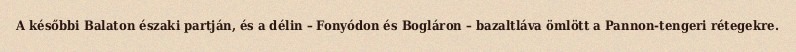
A későbbi Balaton északi partján, és a délin – Fonyódon és Bogláron – bazaltláva ömlött a Pannon-tengeri rétegekre.